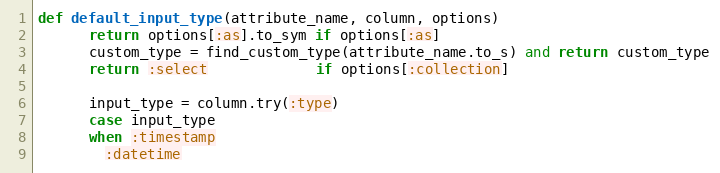
Language: Ruby
def default_input_type(attribute_name, column, options)
      return options[:as].to_sym if options[:as]
      custom_type = find_custom_type(attribute_name.to_s) and return custom_type
      return :select             if options[:collection]

      input_type = column.try(:type)
      case input_type
      when :timestamp
        :datetime